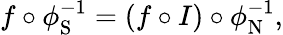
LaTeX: f\circ\phi_{\mathrm{S}}^{-1}=(f\circ I)\circ\phi_{\mathrm{N}}^{-1},